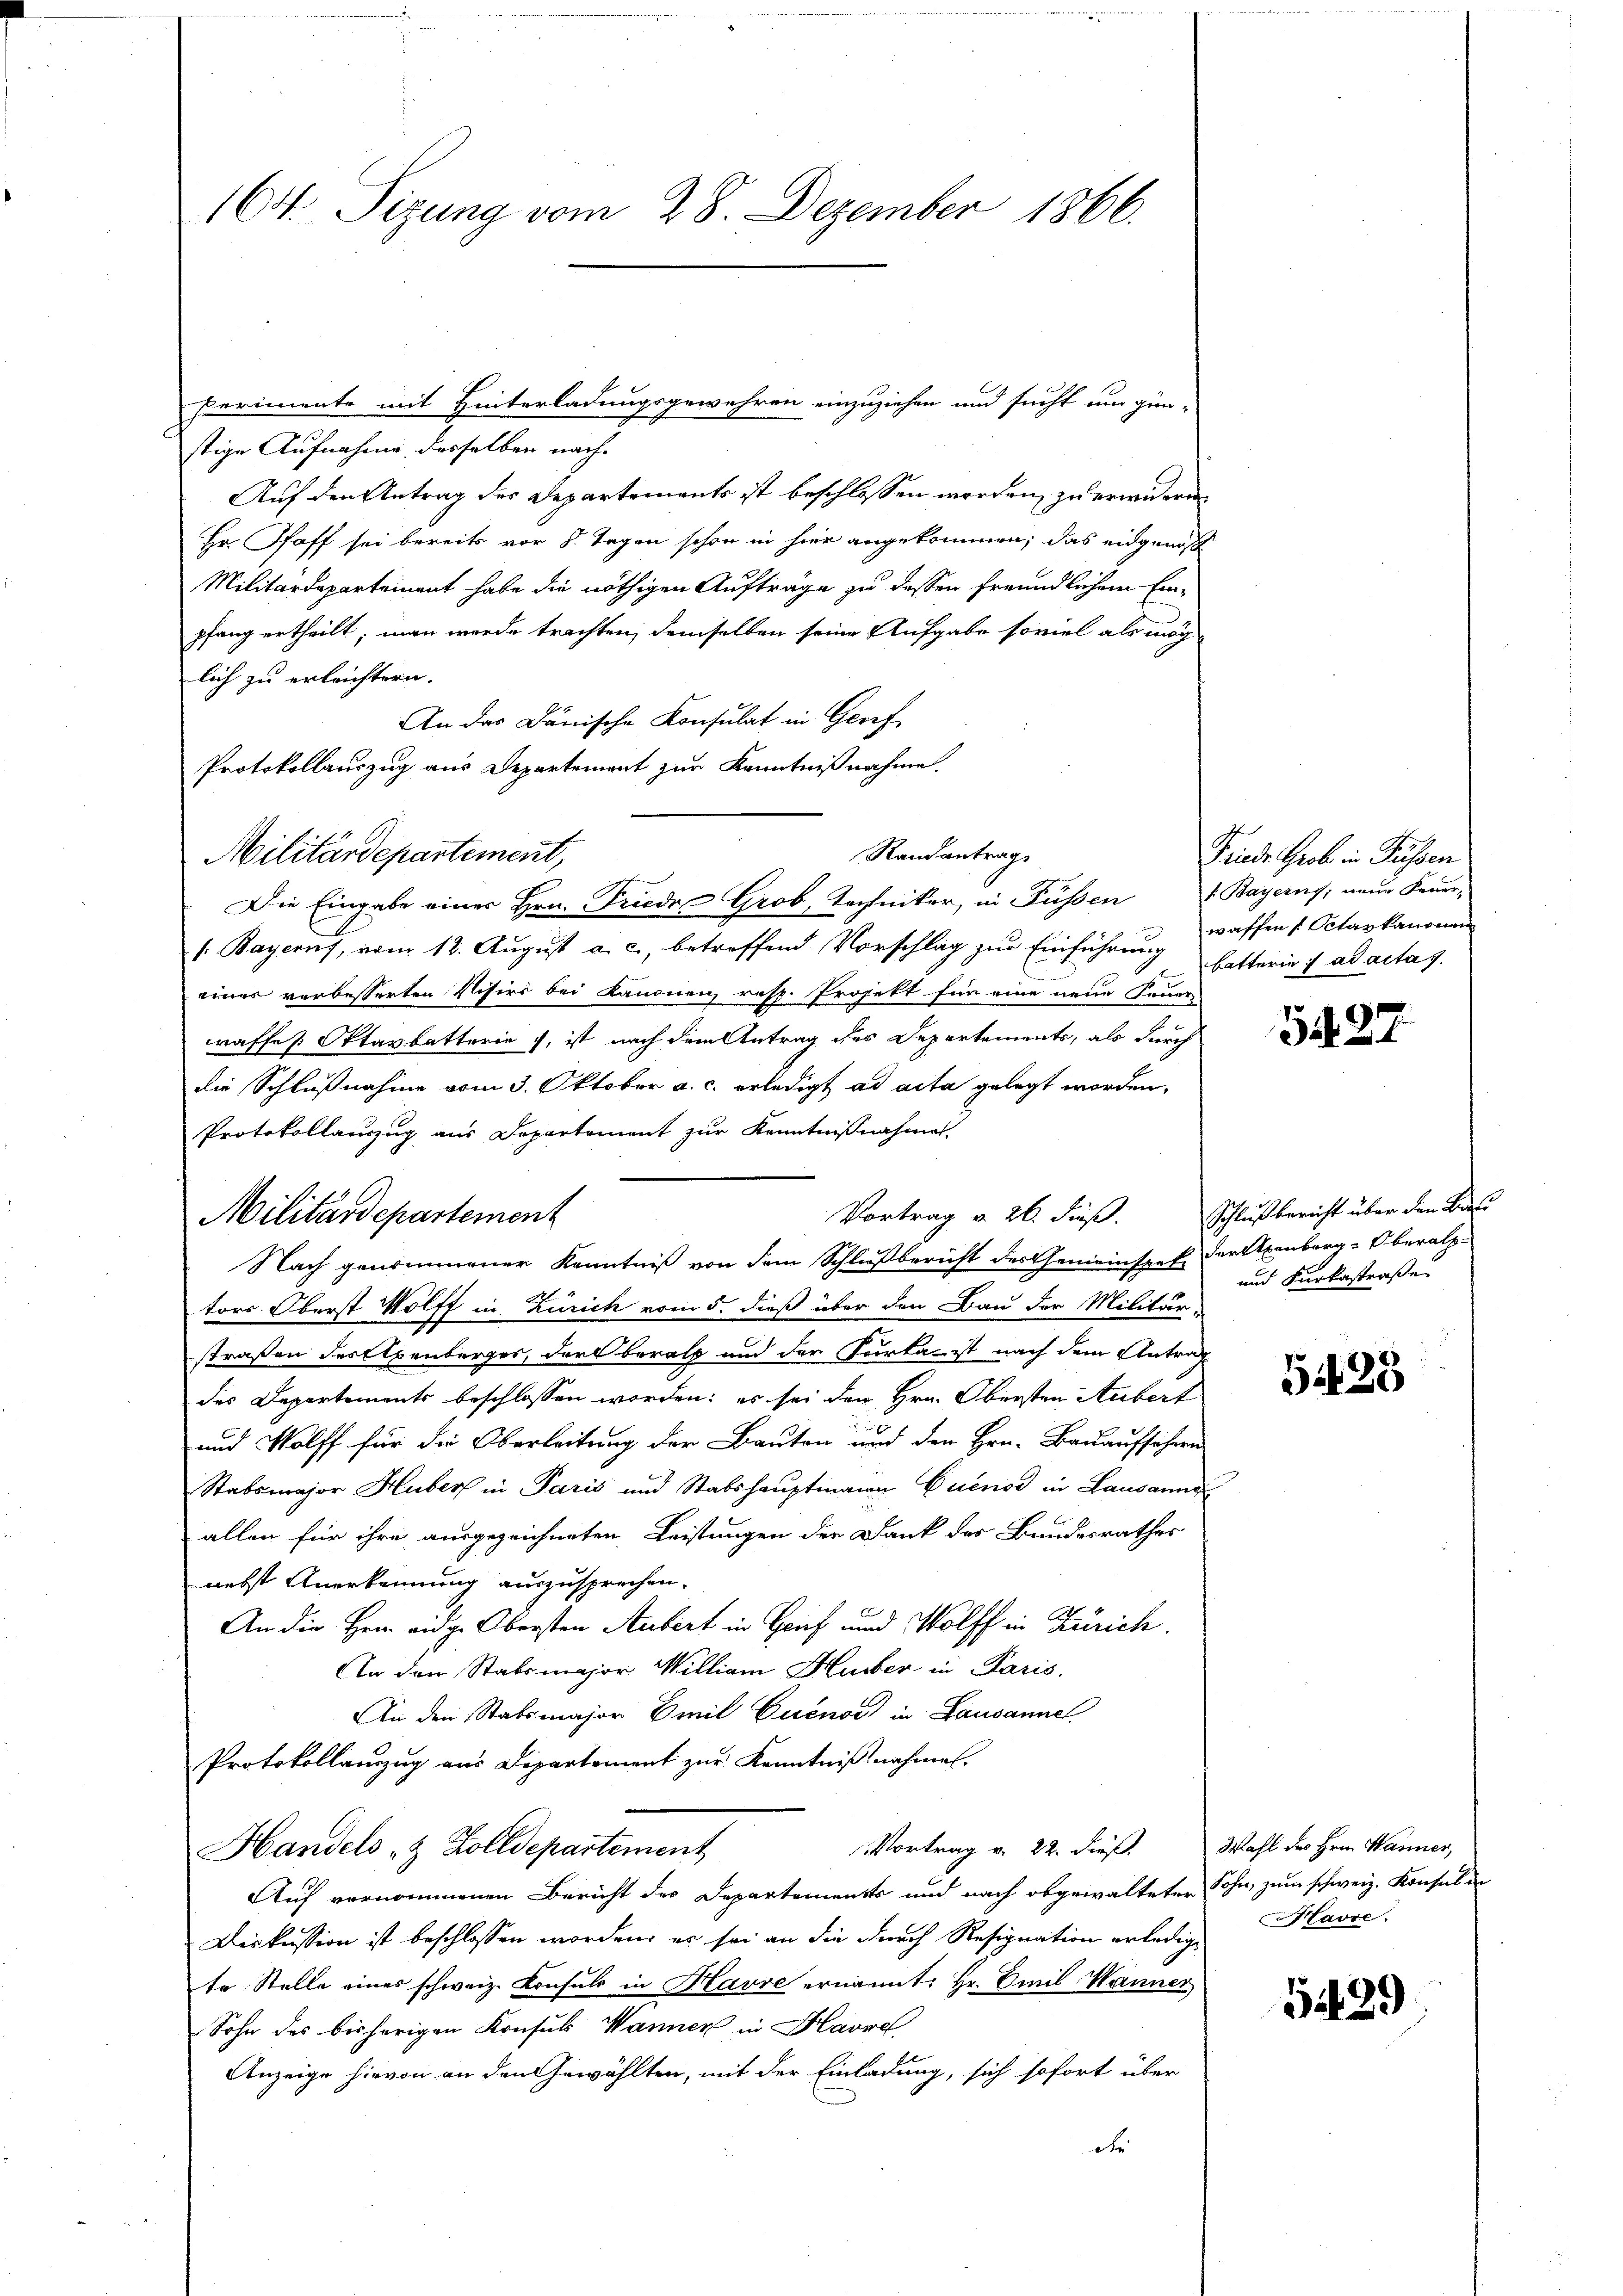
perimente mit Hinterladungsgewehren einzuziehen und sucht um gün-
stige Aufnahme desselben nach¬
Auf den Antrag des Departements ist beschlossen worden, zu erwidern
Hr. Pfaff sei bereits vor 8 Tagen schon in hier angekommen; das eidgenoß
Militärdepartement habe die nöthigen Aufträge zu dessen freundlichem Einpfang ertheilt; man werde trachten, demselben seine Aufgabe soviel als möch
lich zu erleichtern.
An das Dänische Konsulat in Geref
Protokollauszug aus Departement zur Kenntnißnahme.
Randantrag
Die Eingabe einer Hrn. Friede Grob, Techniker in Füssen Bayerns, neue Feuer-
/. Bayern, vom 12. August a. c., betreffend Vorschlag zur Einführung hatterie ad acta z
einer verbesserten Visirs bei Kanonen, resp. Projekt für eine neue Feuer-
waffe Oktavbatterie, ist nach dem Antrag des Departements, als durch
die Schlußnahme vom 3. Oktober a. c. erledigt ad acta gelegt worden,
Protokollauszug aus Departement zur Kenntnißnahme.
Vortrag u. 26. Fuß.
Militärdepartement
Nach genommener Kenntniß von dem Schlußbericht der Gemeinstehe der anberg-Oberalp
tors Oberst Wolff in Zürich vom 5. dieß über den Bau der Militär-
straßen der Axenberger, ders berath und der Sorrta ist nach dem Antrag
des Departements beschlossen worden; es sei der Hrn. Obersten Aubert
und Wolff für die Oberleitung der Bauten und den Hrn. Bauaufsichern
Stabsmajor Huber in Paris und Stabshauptmann Buenos in Lausanne
allen für ihre ausgezeichneten Leistungen der Dank des Bundesrathes
nebst Anerkennung auszusprechen.
An die Hrn. eidg. Obersten Aubert in Genf und Wolff in Zürich.
An den Stabsmajor William Huber in Paris.
An den Stabsmajor Emil Cuenoć in Lausanne
Protokollauszug aus Departement zur Kenntnißnahmen.
Vortrag v. 22. dieß. Wahl des Hrn. Wanner,
Handels- & Zolldepartement
Auf vernommenen Bericht des Departements und nach abgewalteter Sohn, zum schweiz. Konsul in
Diskussion ist beschlossen worden, es sei an die durch Resignation erledigte Stelle eines schweiz. Konsuls in Havre ernannt: Hr. Emil Wanner
Sohn des bisherigen Konsuls Wanner in Havre
Anzeige hievon an den Gewählten, mit der Einladung, sich sofort über
de

164. Sizung vom 28. Dezember 1866.

Militärdepartement,

Frieder Grob in Füssen
waffen (Octavkanonen

1882

Schlußbericht über den Bas
und Furkastraße

5425

Havre.

5439